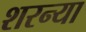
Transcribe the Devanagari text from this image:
शरन्या